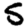
Digit: 5